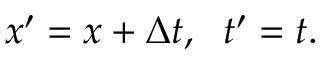
x ^ { \prime } = x + \Delta t , \; \ t ^ { \prime } = t .